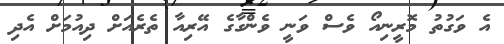
އެ ވަގުތު މޮރީނިއޯ ވެސް ވަނީ ވެންގާގެ އޭރިއާ ތެރެއަށް ދިއުމަށް އެދި